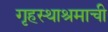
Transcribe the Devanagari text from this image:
गृहस्थाश्रमाची